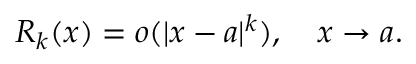
R _ { k } ( x ) = o ( | x - a | ^ { k } ) , \quad x \to a .